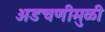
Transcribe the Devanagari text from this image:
अडचणीमुळी